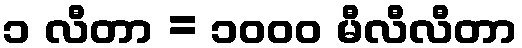
၁ လီတာ = ၁၀၀၀ မီလီလီတာ